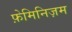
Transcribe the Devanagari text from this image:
फ़ेमिनिज़म